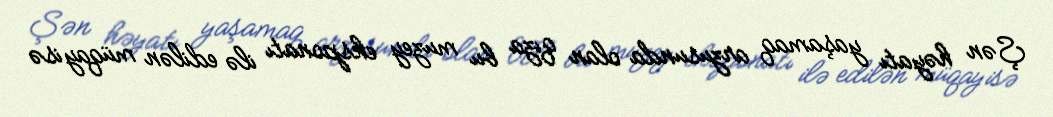
Şən həyatı yaşamaq arzusunda olan qıza bu muzey eksponatı ilə edilən müqayisə